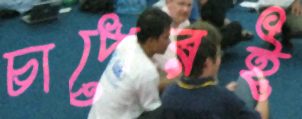
চাপেরই